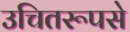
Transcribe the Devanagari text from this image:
उचितरूपसे